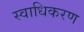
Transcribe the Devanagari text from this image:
स्वाधिकरण